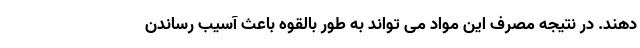
دهند. در نتیجه مصرف این مواد می تواند به طور بالقوه باعث آسیب رساندن